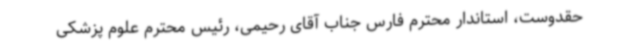
حقدوست، استاندار محترم فارس جناب آقای رحیمی، رئیس محترم علوم پزشکی